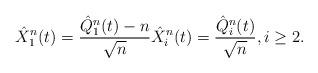
LaTeX: \begin{align*}\hat{X}_1^n(t) = \frac{\hat{Q}_1^n(t) - n}{\sqrt{n}} \hat{X}_i^n(t) = \frac{\hat{Q}_i^n(t)}{\sqrt{n}}, i \ge 2.\end{align*}